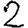
Digit: 2